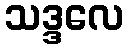
သဒ္ဒလေ